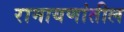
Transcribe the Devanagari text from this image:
रामायणांतील